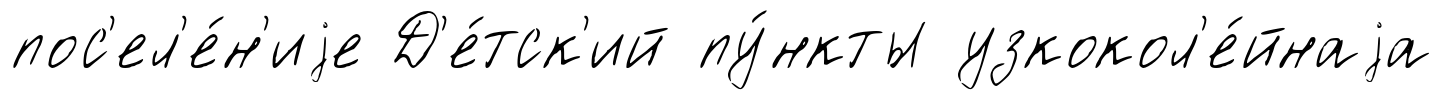
пос'ел'е́н'иjе Д'е́тск'ий пу́нкты узкокол'е́йнаjа